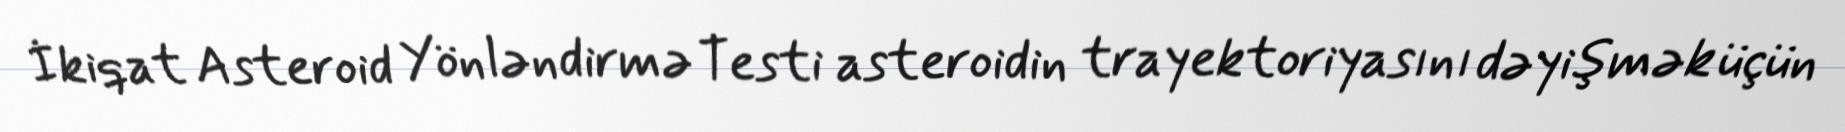
İkiqat Asteroid Yönləndirmə Testi asteroidin trayektoriyasını dəyişmək üçün